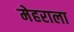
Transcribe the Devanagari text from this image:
मेहराला